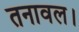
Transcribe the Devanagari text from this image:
तनावल।